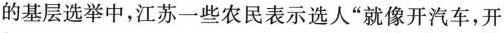
的基层选举中，江苏一些农民表示选人”就像开汽车，开